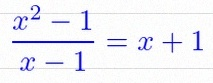
\frac{x^2-1}{x-1}=x+1